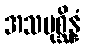
အသမုစ္ဆိန္နံ